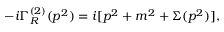
- i \Gamma _ { R } ^ { ( 2 ) } ( p ^ { 2 } ) = i [ p ^ { 2 } + m ^ { 2 } + \Sigma ( p ^ { 2 } ) ] ,